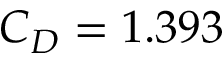
C _ { D } = 1 . 3 9 3